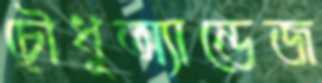
চৌধুঅ্যান্ডেজ